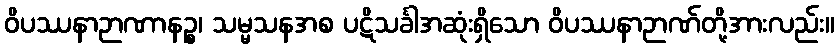
ဝိပဿနာဉာဏာနဉ္စ၊ သမ္မသနအစ ပဋိသင်္ခါအဆုံးရှိသော ဝိပဿနာဉာဏ်တို့အားလည်း။